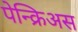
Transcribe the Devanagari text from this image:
पेन्क्रिअस